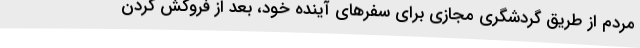
مردم از طریق گردشگری مجازی برای سفرهای آینده خود، بعد از فروکش کردن